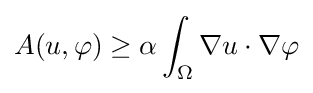
A(u,\varphi )\geq \alpha \int _{\Omega }\nabla u\cdot \nabla \varphi